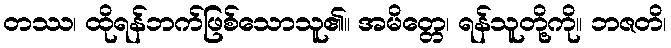
တဿ၊ ထိုရန်ဘက်ဖြစ်သောသူ၏။ အမိတ္တေ၊ ရန်သူတို့ကို။ ဘဇတိ၊